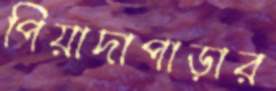
পিয়াদাপাড়ার